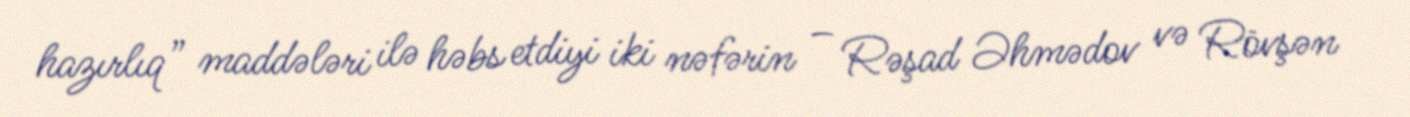
hazırlıq” maddələri ilə həbs etdiyi iki nəfərin – Rəşad Əhmədov və Rövşən